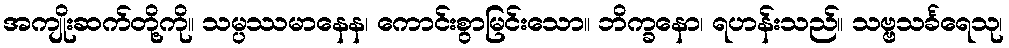
အကျိုးဆက်တို့ကို။ သမ္ပဿမာနေန၊ ကောင်းစွာမြင်းသော။ ဘိက္ခနော၊ ရဟန်းသည်။ သဗ္ဗသင်္ခရေသု၊